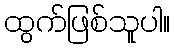
ထွက်ဖြစ်သူပါ။